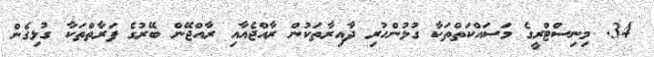
34. މިނިސްޓްރީގެ މަސައްކަތްތަކާ ގުޅުންހުރި ދާއިރާތަކުން ރާއްޖެއާއި ރާއްޖޭން ބޭރުގެ ފަރާތްތަކާ ގުޅިގެން